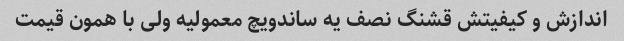
اندازش و کیفیتش قشنگ نصف یه ساندویچ معمولیه ولی با همون قیمت